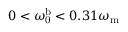
0 < \omega _ { \mathrm { 0 } } ^ { \mathrm { b } } < 0 . 3 1 \omega _ { \mathrm { m } }